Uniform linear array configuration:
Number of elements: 48
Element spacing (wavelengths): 0.75
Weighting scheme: hamming
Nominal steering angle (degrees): -60
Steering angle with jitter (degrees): -58.608
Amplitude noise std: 0.05
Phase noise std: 0.05

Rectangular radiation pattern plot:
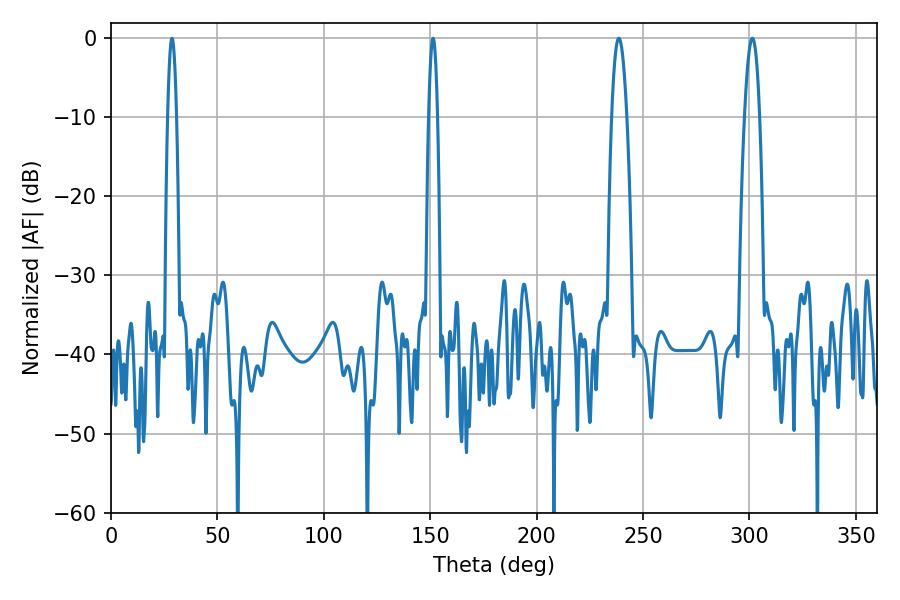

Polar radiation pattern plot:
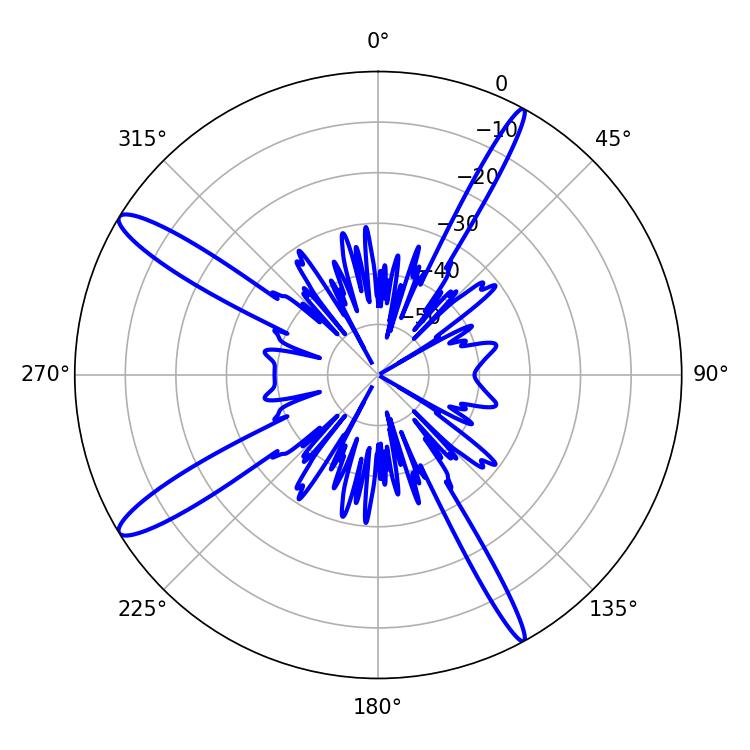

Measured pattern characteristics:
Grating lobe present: TRUE
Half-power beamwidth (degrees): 3.96
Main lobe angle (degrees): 301.32